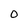
Character: 0